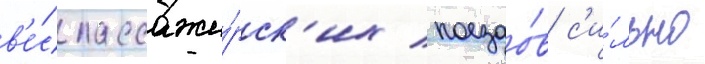
в'е́с пассажи́рск'их поездо́в с'и́льно